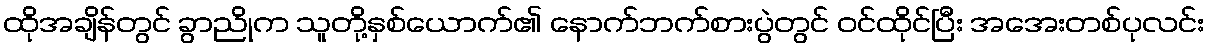
ထိုအချိန်တွင် ခွာညိုက သူတို့နှစ်ယောက်၏ နောက်ဘက်စားပွဲတွင် ဝင်ထိုင်ပြီး အအေးတစ်ပုလင်း